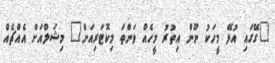
"ގޭގައި އުޅޭ މީހަކު ނޫން އިތުރު މީހެއް ވަންތަ މިކޮޓަރިއަށް" މިޝަލްއަށް އެއްޗެއް